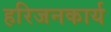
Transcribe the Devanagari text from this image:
हरिजनकार्य